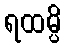
ရထမ္ပိ